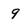
Character: 9